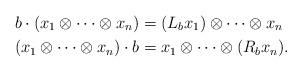
LaTeX: \begin{align*}b \cdot (x_1\otimes\cdots\otimes x_n) &= (L_b x_1)\otimes\cdots\otimes x_n\\(x_1\otimes\cdots\otimes x_n) \cdot b&= x_1\otimes\cdots\otimes (R_b x_n).\end{align*}